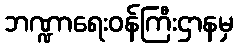
ဘဏ္ဍာရေးဝန်ကြီးဌာနမှ